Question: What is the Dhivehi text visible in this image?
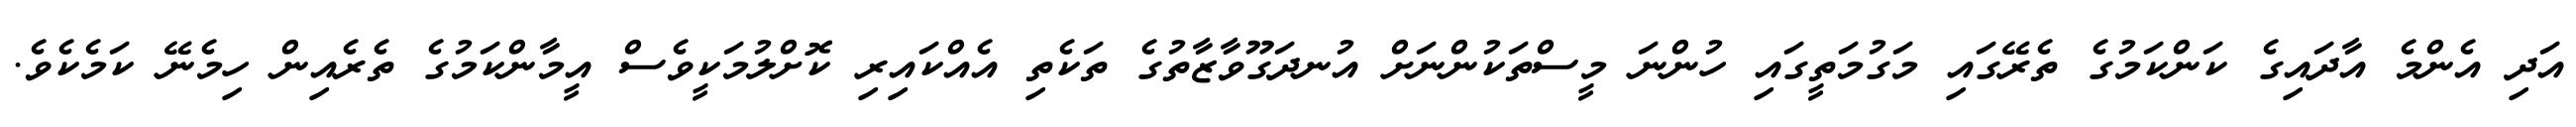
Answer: އަދި އެންމެ އާދައިގެ ކަންކަމުގެ ތެރޭގައި މަގުމަތީގައި ހުންނަ މީސްތަކުންނަށް އުނދަގޫވާޒާތުގެ ތަކެތި އެއްކައިރި ކޮށްލުމަކީވެސް އީމާންކަމުގެ ތެރެއިން ހިމެނޭ ކަމެކެވެ.